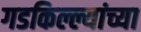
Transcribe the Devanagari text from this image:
गडकिल्ल्यांच्या